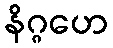
နိဂ္ဂဟေ